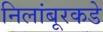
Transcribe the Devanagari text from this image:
निलांबूरकडे